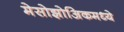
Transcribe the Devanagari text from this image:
मेसोझोअिकमध्ये